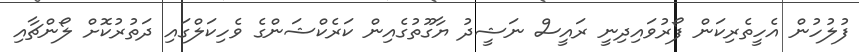
ފުލުހުން އެހީތެރިކަން ފޯރުވައިދިނީ ރައީސް ނަޝީދު ޔާގޫތުގެއިން ކަރެކްޝަންގެ ވެހިކަލްގައި ދަތުރުކޮށް ލޯންޗާއި